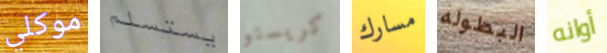
موكلي يستسلم كريستو مسارك البطوله أوانه